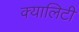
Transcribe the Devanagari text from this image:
क्यालिटी